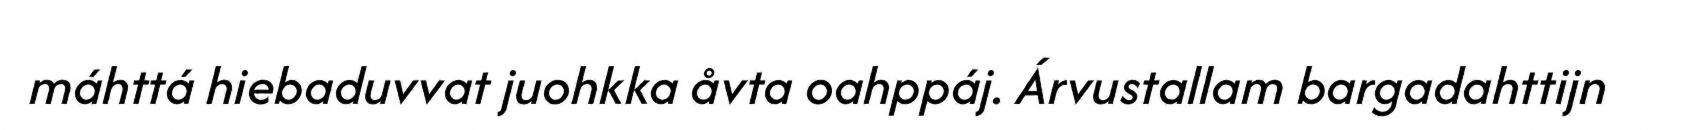
máhttá hiebaduvvat juohkka åvta oahppáj. Árvustallam bargadahttijn